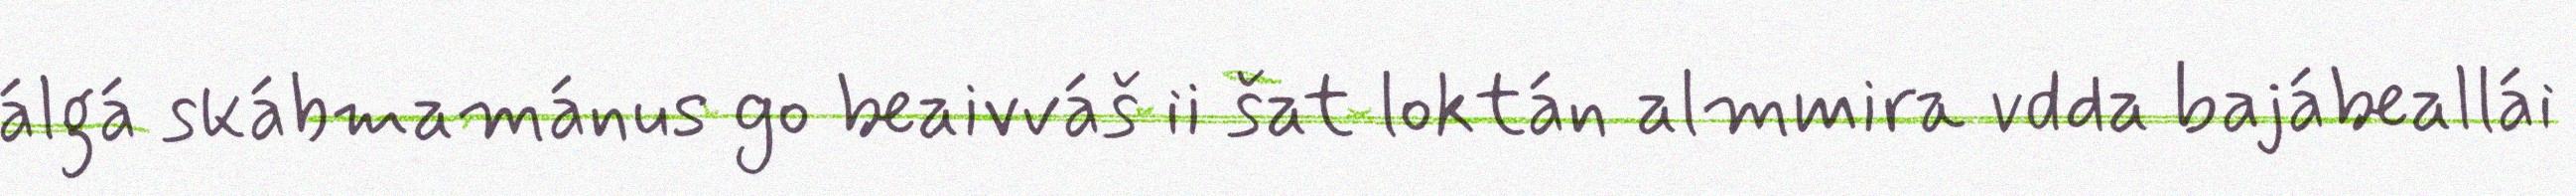
álgá skábmamánus go beaivváš ii šat loktán almmira vdda bajábeallái